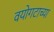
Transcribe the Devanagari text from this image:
वयोगटाच्या